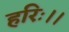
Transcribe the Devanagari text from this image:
हरिः।।